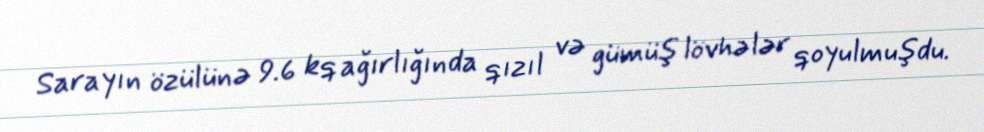
Sarayın özülünə 9.6 kq ağırlığında qızıl və gümüş lövhələr qoyulmuşdu.